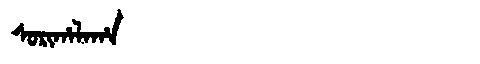
Manchu: ᠰᠣᡵᡳᡥᠠᠯᠠᡥᠠ
Romanization: SORIHALAHA